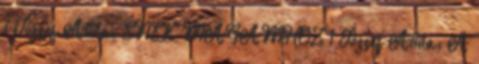
1 József Attila: ÉNEK MAGAMHOZ 1 József Attila: A